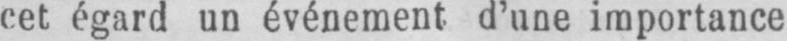
cet égard un événement d’une importance